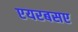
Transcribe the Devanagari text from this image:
एयरबसए